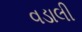
વડાલી